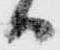
ハ